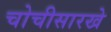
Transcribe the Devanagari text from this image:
चोचीसारखे